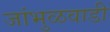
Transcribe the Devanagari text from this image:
जांभुळवाडी